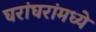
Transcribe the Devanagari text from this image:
घरांघरांमध्ये